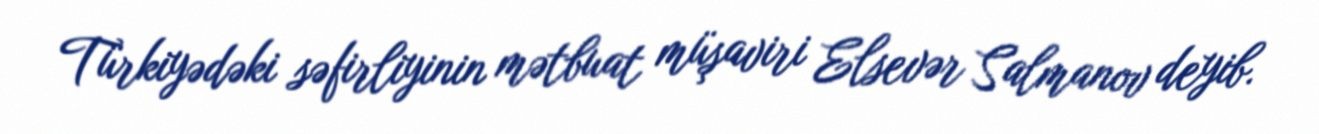
Türkiyədəki səfirliyinin mətbuat müşaviri Elsevər Salmanov deyib.